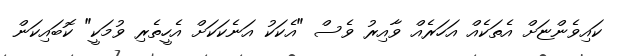
ކައިވެންޏަށް އެތަކެއް އަހަރެއް ވާއިރު ވެސް "އެކަކު އަނެކަކަށް އެހީތެރި ވުމަކީ" ކޮބައިކަން